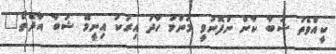
ކީއްވެތަ ޝަބާ ކާން ނުފޮނުވީ މަންމަ ހާދަ އިރަކު އިނީމޭ ޝަބާ އާދޭތޯ"